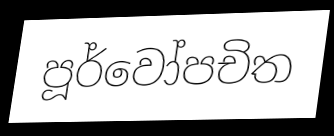
පූර්වෝපචිත